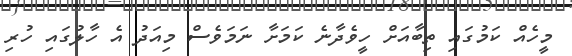
މީހެއް ކަމުގައި ތިބާއަށް ހީވެދާނެ ކަމަށާ ނަމަވެސް މިއަދު އެ ހާލުގައި ހުރި